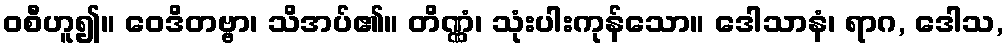
ဝစီဟူ၍။ ဝေဒိတဗ္ဗာ၊ သိအပ်၏။ တိဏ္ဏံ၊ သုံးပါးကုန်သော။ ဒေါသာနံ၊ ရာဂ, ဒေါသ,